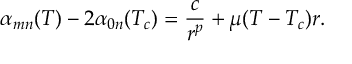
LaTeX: \alpha _ { m n } ( T ) - 2 \alpha _ { 0 n } ( T _ { c } ) = \frac { c } { r ^ { p } } + \mu ( T - T _ { c } ) r .